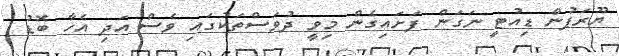
ޔޫރަޕުން ޑިއުޓީ ނަގަން ފަށައިގެން މިވީ ދުވަސްތަކުގައި ވެސް އަދި އެހާ ބޮޑު